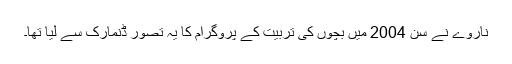
ناروے نے سن 2004 میں بچوں کی تربیت کے پروگرام کا یہ تصور ڈنمارک سے لیا تھا۔